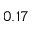
0 . 1 7